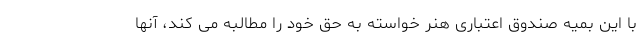
با این بمیه صندوق اعتباری هنر خواسته به حق خود را مطالبه می کند، آنها